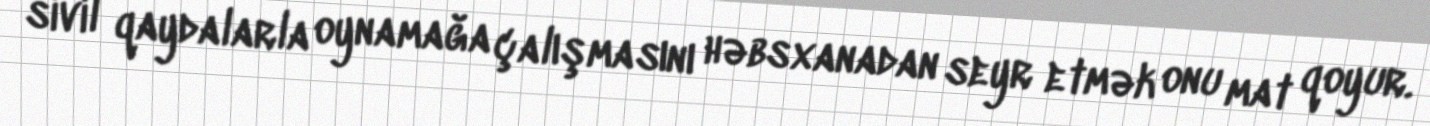
sivil qaydalarla oynamağa çalışmasını həbsxanadan seyr etmək onu mat qoyur.